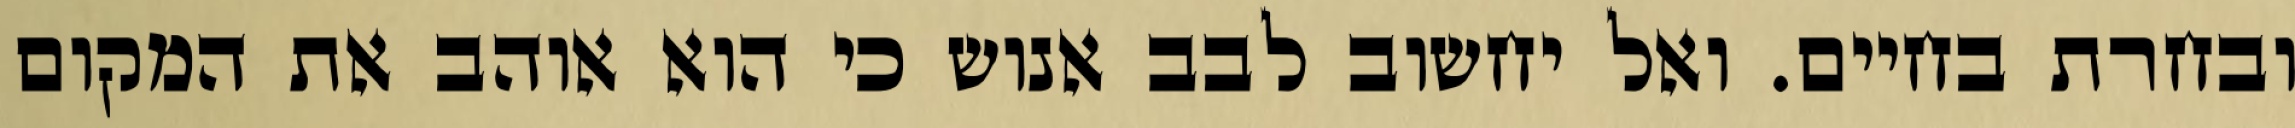
ובחרת בחיים. ואל יחשוב לבב אנוש כי הוא אוהב את המקום